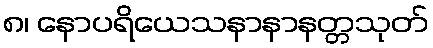
၈၊ နောပရိယေသနာနာနတ္တသုတ်